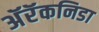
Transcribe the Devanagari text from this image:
अॅरॅकनिडा